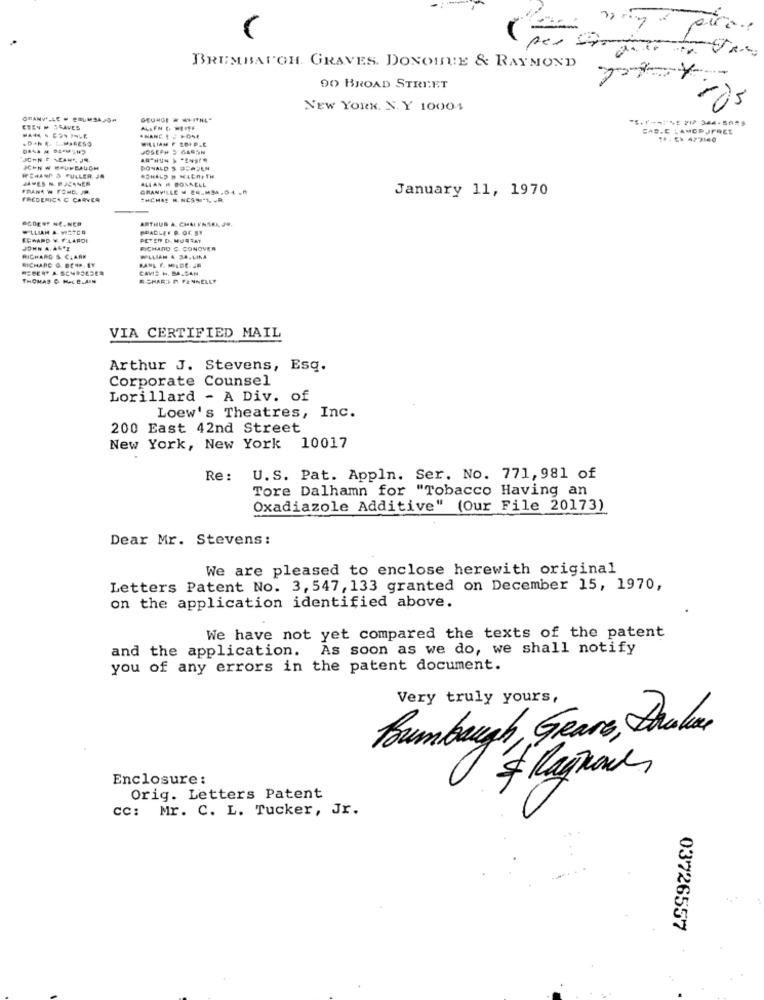
BRUMBAUGH. GRAVES. DONOITE & RAYMOND
90 BROAD STREET
NEW YORK. X. Y 10001
GRANVILLE - 29UMSAPO#
ETEN M SRAVES
CAS.C .AMORJFREE
WILLIAM F LEIPLE
1P . Ck 477140
JOSEPH 9 64SON
DONALD S DEAZLA
JAMES N. P.ACANER
IFCHAN 3 FULLER JA
ALIAN # DONNELL
FRANK W FOND. JP.
GRANVILLE - 28.M54.0 L .R
January 11, 1970
FREDERICK C CARVER
THCHAS M. NCSS"1. . R.
ARTHUR A. CHAI VASKL JU.
WILLIAM & VICTOR
PRADLA. P. OC SI
SEWARD Y. F.LARDI
PETER D. MURSAY
RICHARD C CONOVER
RICHARD & CLARK
RICHARD G. BE **. IT
CAVIS H. BALCAN
THOMAS & HACE.AIN
RICHARD P. FENNELLT
VIA CERTIFIED MAIL
Arthur J. Stevens, Esq.
Corporate Counsel
Lorillard - A Div. of
Loew's Theatres, Inc.
200 East 42nd Street
New York, New York 10017
Re :
U.S. Pat. Appln. Ser. No. 771,981 of
Tore Dalhamn for "Tobacco Having an
Oxadiazole Additive" (Our File 20173)
Dear Mr. Stevens:
We are pleased to enclose herewith original
Letters Patent No. 3, 547, 133 granted on December 15, 1970,
on the application identified above.
We have not yet compared the texts of the patent
and the application. As soon as we do, we shall notify
you of any errors in the patent document.
Very truly yours,
Poumbaugh, Gears, thule
& Raynove
Enclosure:
Orig. Letters Patent
CC: Mr. C. L. Tucker, Jr.
03726557